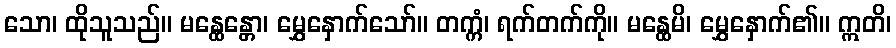
သော၊ ထိုသူသည်။ မန္ထေန္တော၊ မွှေနှောက်သော်။ တက္ကံ၊ ရက်တက်ကို။ မန္ထေမိ၊ မွှေနှောက်၏။ ဣတိ၊